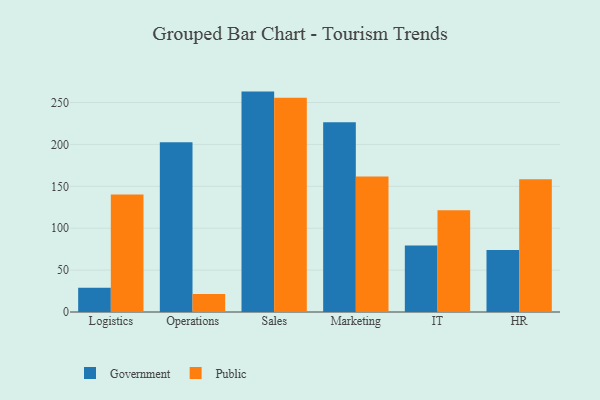
{"axis": {"x": "Department", "y": "Active Users"}, "legend": ["Government", "Public"], "data": [{"x": "Logistics", "y": 28.8, "type": "Government"}, {"x": "Logistics", "y": 140.3, "type": "Public"}, {"x": "Operations", "y": 202.7, "type": "Government"}, {"x": "Operations", "y": 21.5, "type": "Public"}, {"x": "Sales", "y": 263.0, "type": "Government"}, {"x": "Sales", "y": 255.6, "type": "Public"}, {"x": "Marketing", "y": 226.5, "type": "Government"}, {"x": "Marketing", "y": 161.8, "type": "Public"}, {"x": "IT", "y": 79.4, "type": "Government"}, {"x": "IT", "y": 121.3, "type": "Public"}, {"x": "HR", "y": 74.0, "type": "Government"}, {"x": "HR", "y": 158.4, "type": "Public"}]}